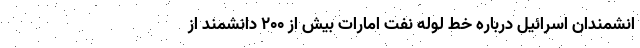
انشمندان اسرائیل درباره خط لوله نفت امارات بیش از ۲۰۰ دانشمند از